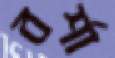
বর্শা